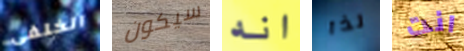
الخلفى سيكون انه لذا انت